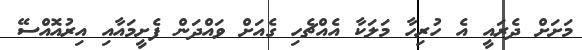
މަށަށް ދެރައީ އެ ހުރިހާ މަލަކާ އެއްޗެހި ގެއަށް ވައްދަން ފެށީމައާއި އިރުއޮއްސޭ